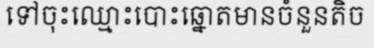
ទៅចុះឈ្មោះបោះឆ្នោតមានចំនួនតិច